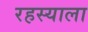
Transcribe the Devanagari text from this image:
रहस्याला